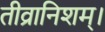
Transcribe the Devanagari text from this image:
तीव्रानिशम्।